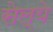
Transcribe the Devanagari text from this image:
सेल्ये